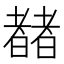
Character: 𬚍